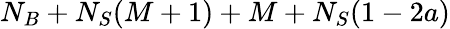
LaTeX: N_{B}+N_{S}(M+1)+M+N_{S}(1-2a)